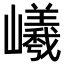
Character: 𡾞